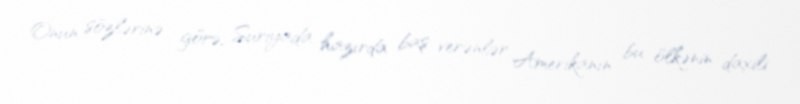
Onun sözlərinə görə, Suriyada hazırda baş verənlər Amerikanın bu ölkənin daxili